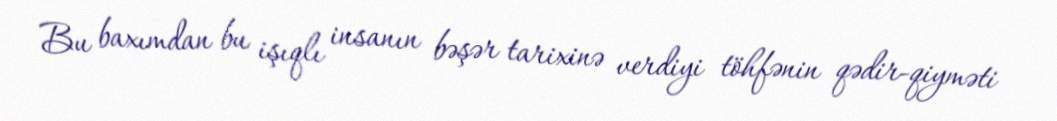
Bu baxımdan bu işıqlı insanın bəşər tarixinə verdiyi töhfənin qədir-qiyməti